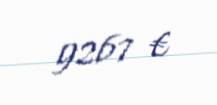
9267 €